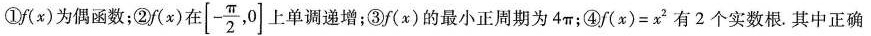
①f(x)为偶函数；②f(x)在[-\frac{π}{2},0]上单调递增；③f(x)的最小正周期为4π；④$$f ( x ) = x^{2}$$有2个实数根.其中正确